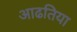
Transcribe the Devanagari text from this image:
आढतिया